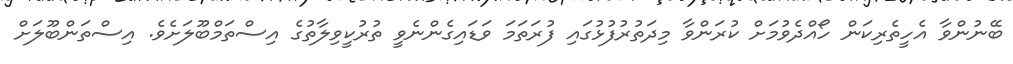
ބޭނުންވާ އެހީތެރިކަން ހޯއްދެވުމަށް ކުރަންވާ މިދަތުރުފުޅުގައި ފުރަތަމަ ވަޑައިގެންނެވީ ތުރުކީވިލާތުގެ އިސްތަމްބޫލަށެވެ. އިސްތަންބޫލަށް